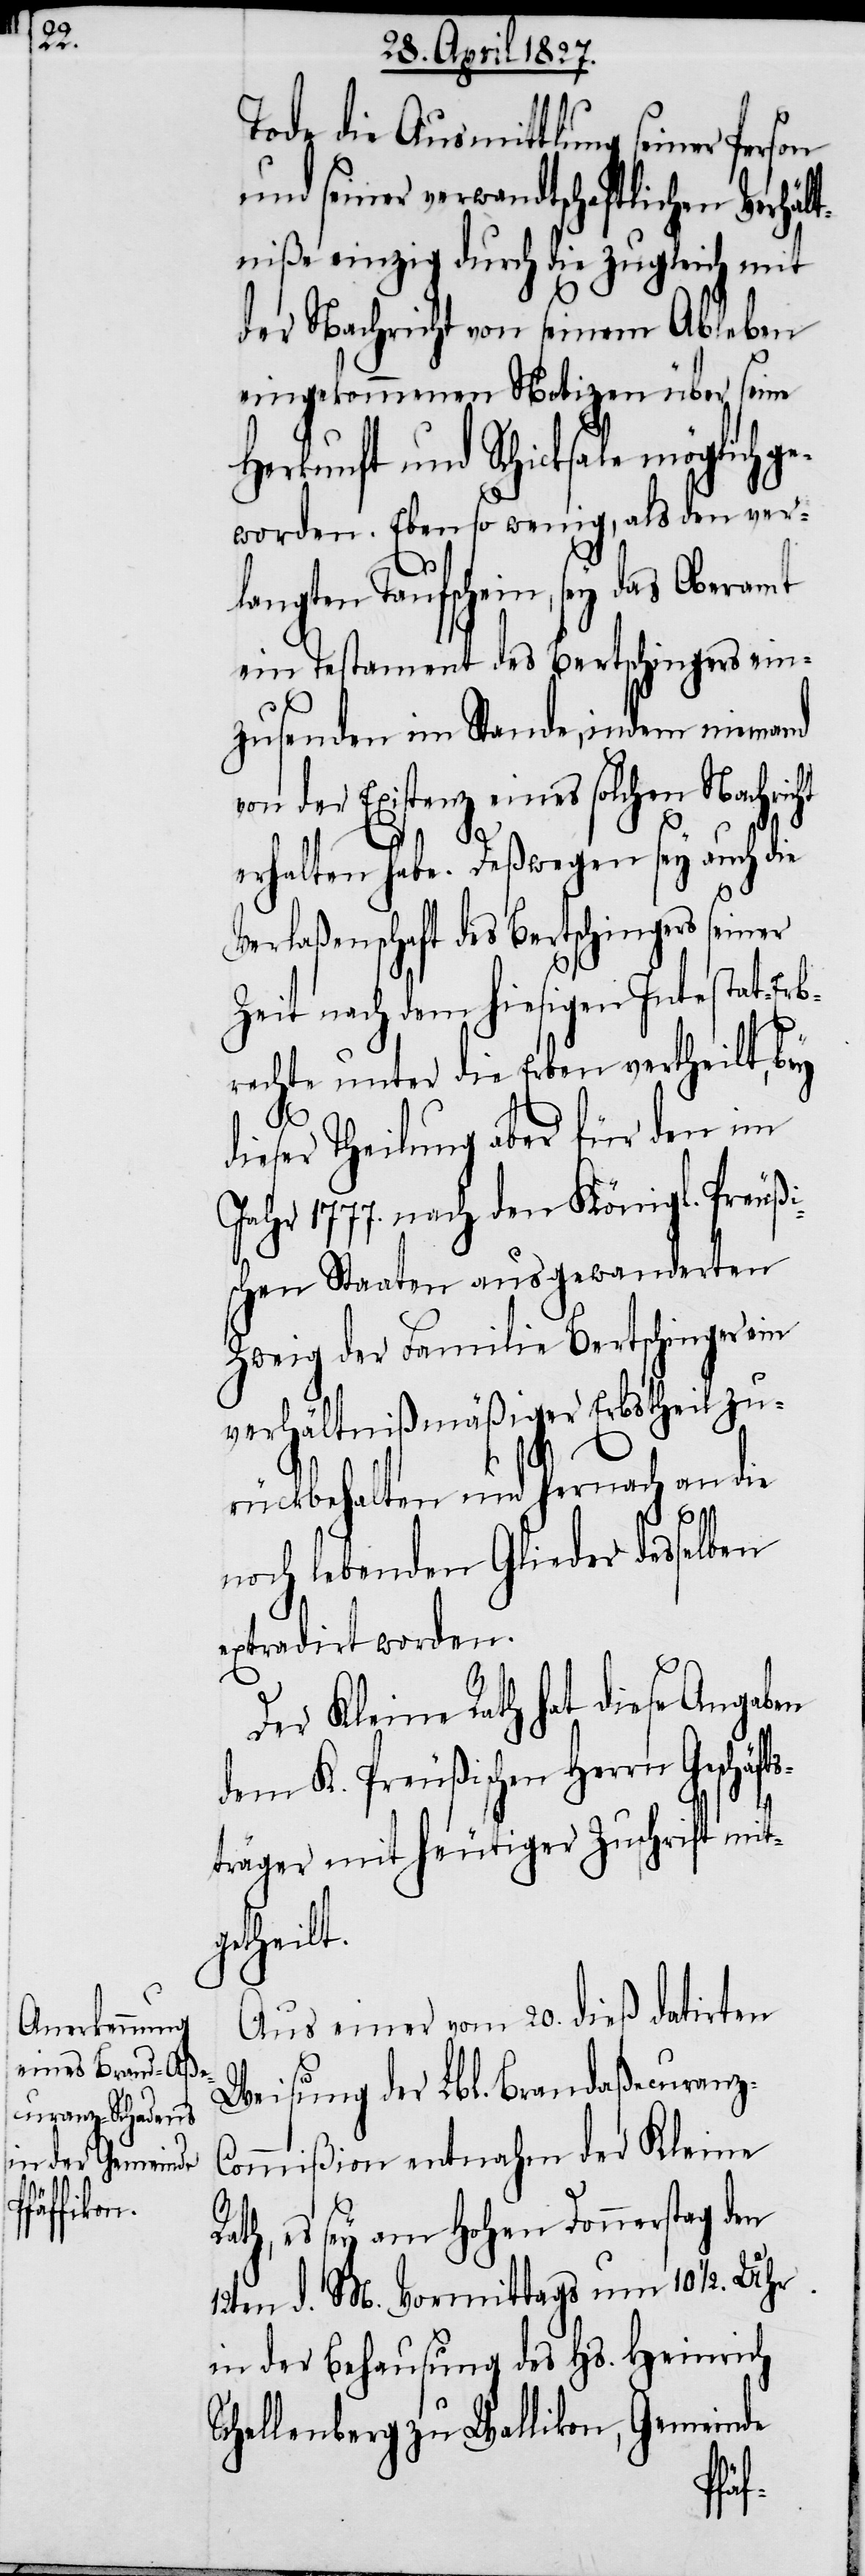
Tode die Ausmittlung seiner Person
und seiner verwandtschaftlichen Verhäl¬
tniße einzig durch die zugleich mit
der Nachricht von seinem Ableben
eingekommenen Notizen über seine
Herkunft und Schicksale möglich g¬
eworden. Ebenso wenig, als den ver¬
langten Taufschein, sey das Oberamt
ein Testament des Bertschingers ein¬
zusenden im Stande, indem niemand
von der Existenz eines solchen Nachricht
erhalten habe. Deßwegen sey auch die
Verlaßenschaft des Bertschingers seiner
Zeit nach dem hiesigen Intestat-Erb¬
rechte unter die Erben vertheilt, bey
dieser Theilung aber für den im
Jahr 1777. nach den Königl. Preußi¬
schen Staaten ausgewanderten
Zweig der Familie Bertschinger ein
verhältnißmäßiger Erbstheil zu¬
rückbehalten und hernach an die
noch lebenden Glieder desselben
extradirt worden.
Der Kleine Rath hat diese Angaben
dem K. Preußischen Herrn Geschä¬
träger mit heutiger Zuschrift mit¬
getheilt.
Aus einer vom 20. dieß datirten
Weisung der Lbl. Brandaßecuranz-C¬
ommißion entnahm der Kleine
th, es sey am Hohen Donnerstag den
12ten d. M. Vormittags um 10 ½. Uhr
in der Behausung des Hs. Heinrich
Schellenberg zu Wallikon, Gemeinde
Ra¬